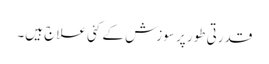
قدرتی طور پر سوزش کے کئی علاج ہیں۔